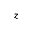
z